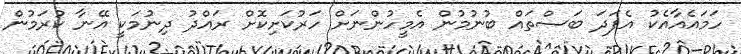
ހަމައެއާއެކު އެފަދަ ބަސްތައް ބުނުމުން އެމީހުންނަށް ހަރުކަށިކޮށް ރައްދު ދިނުމަކީ އޭނާ ކުރަމުން